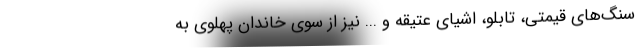
سنگ‌های قیمتی،‌ تابلو، اشیای عتیقه و ... نیز از سوی خاندان پهلوی به